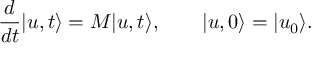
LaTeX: \frac { d } { d t } | u , t \rangle = M | u , t \rangle , \qquad | u , 0 \rangle = | u _ { 0 } \rangle .